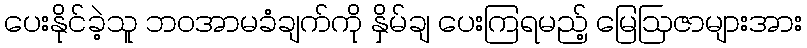
ပေးနိုင်ခဲ့သူ ဘဝအာမခံချက်ကို နှိမ်ချ ပေးကြရမည့် မြေဩဇာများအား